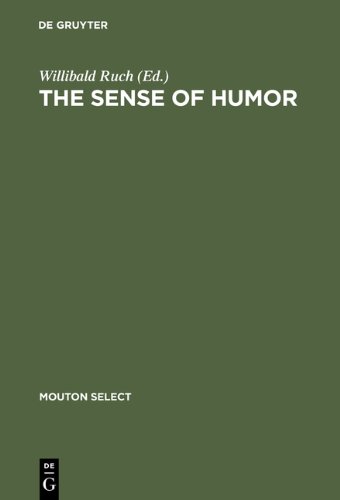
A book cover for The Sense of Humor: Explorations of a Personality Characteristic (Humor Research, 3) (Erganzungsbande Zum Reallexikon der Germanischen Altertumsku); Humor & Entertainment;